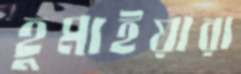
হুমাইয়ারা